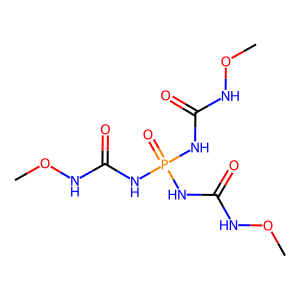
SMILES: CONC(=O)NP(=O)(NC(=O)NOC)NC(=O)NOC
Inhibits HIV replication: No